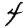
Digit: 4